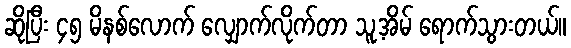
ဆိုပြီး ၄၅ မိနစ်လောက် လျှောက်လိုက်တာ သူ့အိမ် ရောက်သွားတယ်။